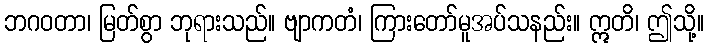
ဘဂဝတာ၊ မြတ်စွာ ဘုရားသည်။ ဗျာကတံ၊ ကြားတော်မူအပ်သနည်း။ ဣတိ၊ ဤသို့။